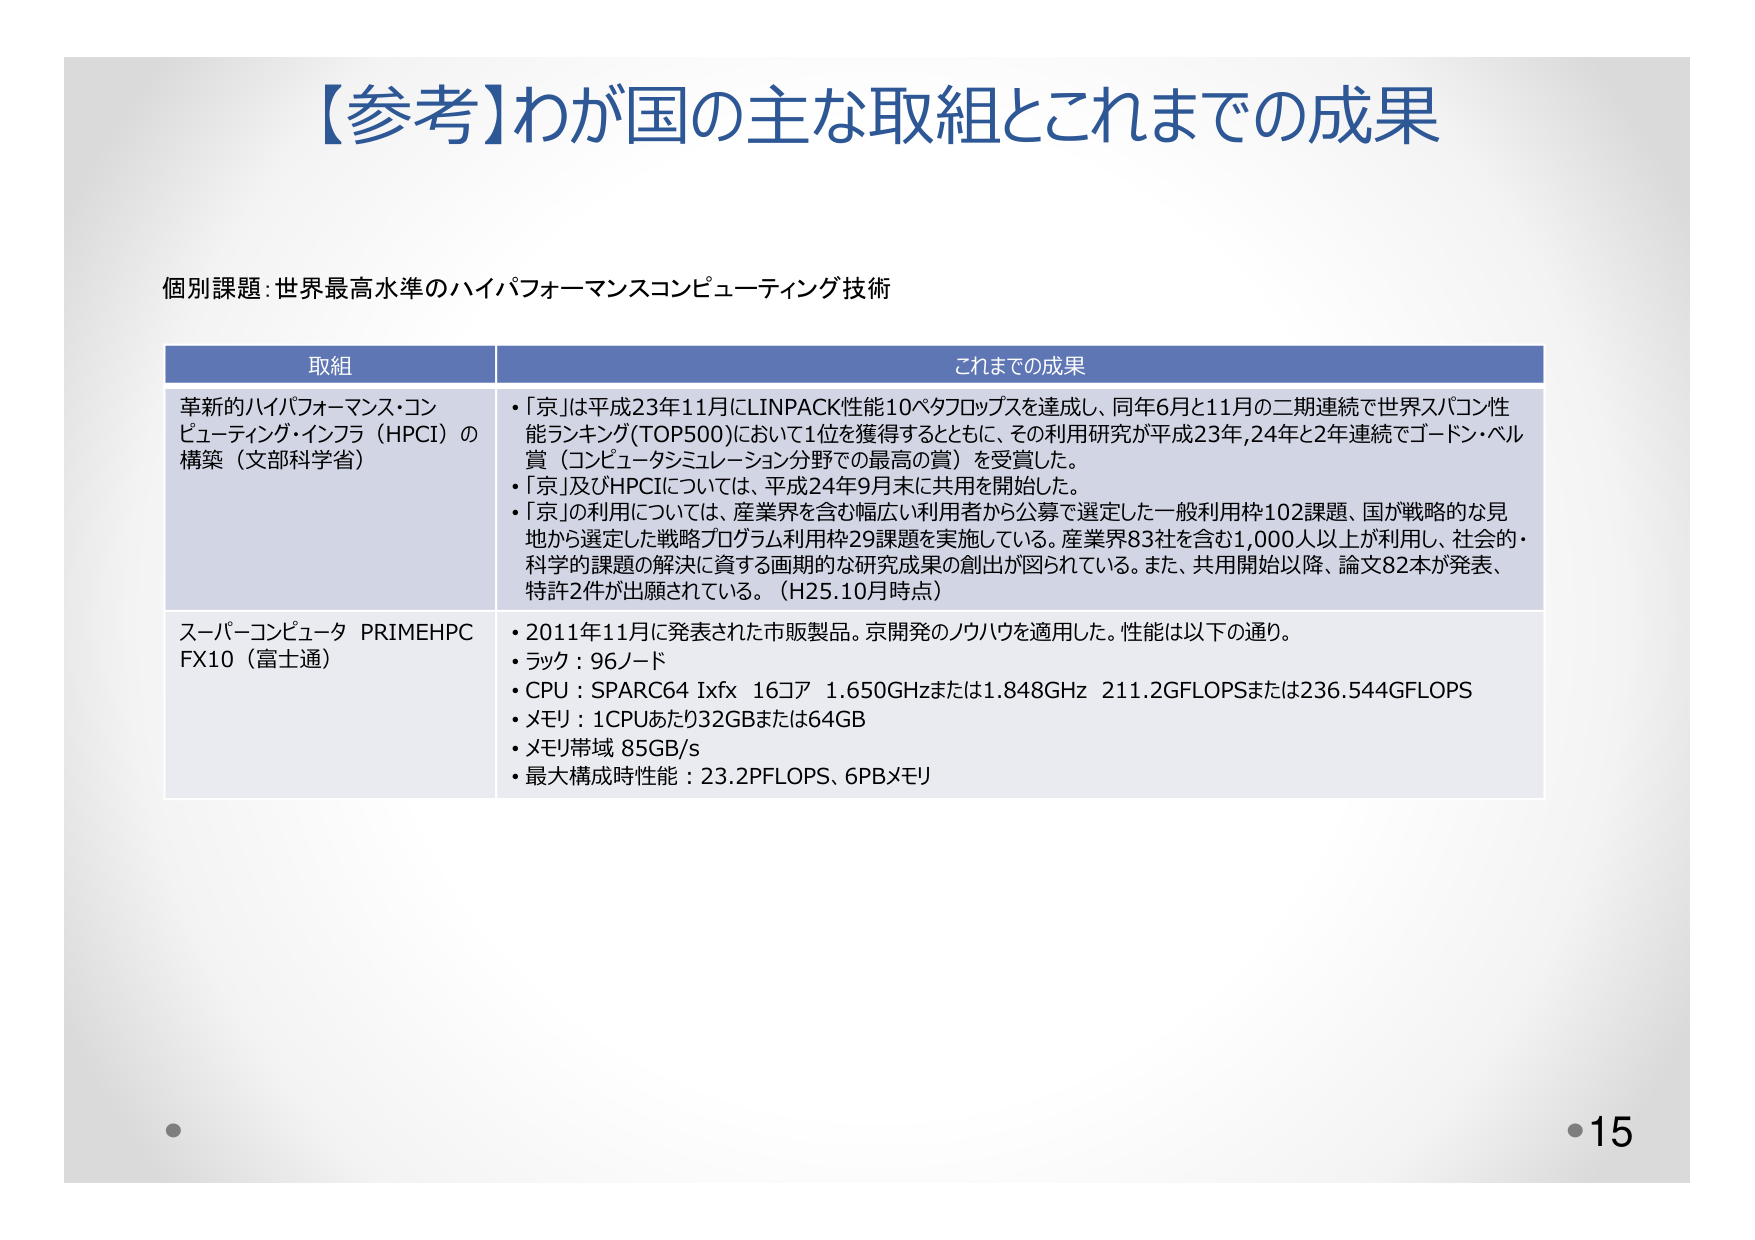
【参考】わが国の主な取組とこれまでの成果

個別課題：世界最高水準のハイパフォーマンスコンピューティング技術

取組　　　　　　　　　　　　　　　　　　　　　　　　　　　　　　　　　　　　　　　これまでの成果

革新的ハイパフォーマンス・コンピューティング・インフラ（HPCI）の構築（文部科学省）
・「京」は平成23年11月にLINPACK性能10ペタフロップスを達成し、同年6月と11月の二期連続で世界スパコン性能ランキング(TOP500)において1位を獲得するとともに、その利用研究が平成23年、24年と2年連続でゴードン・ベル賞（コンピュータシミュレーション分野での最高の賞）を受賞した。
・「京」及びHPCIについては、平成24年9月末に共用を開始した。
・「京」の利用については、産業界を含む幅広い利用者から公募で選定した一般利用枠102課題、国が戦略的な見地から選定した戦略プログラム利用枠29課題を実施している。産業界83社を含む1,000人以上が利用し、社会的・科学的課題の解決に資する画期的な研究成果の創出が図られている。また、共用開始以降、論文82本が発表、特許2件が出願されている。（H25.10月時点）

スーパーコンピュータ PRIMEHPC FX10（富士通）
・2011年11月に発表された市販製品。京開発のノウハウを適用した。性能は以下の通り。
・ラック：96ノード
・CPU：SPARC64 Ixfx 16コア 1.650GHzまたは1.848GHz 211.2GFLOPSまたは236.544GFLOPS
・メモリ：1CPUあたり32GBまたは64GB
・メモリ帯域 85GB/s
・最大構成時性能：23.2PFLOPS、6PBメモリ

・15